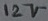
Text: 12V